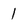
Character: 1